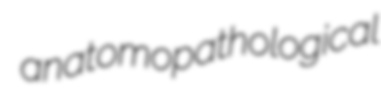
anatomopathological